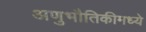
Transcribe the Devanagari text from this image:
अणुभौतिकीमध्ये